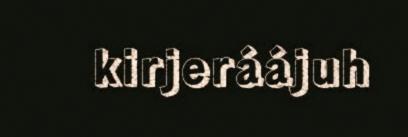
kirjeráájuh